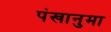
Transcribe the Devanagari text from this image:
पंखानुमा